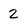
Character: 2